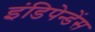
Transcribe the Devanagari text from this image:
इंडिपेन्डेंस